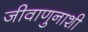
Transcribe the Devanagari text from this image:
जीवाणुनाशी